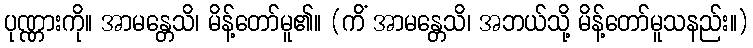
ပုဏ္ဏားကို။ အာမန္တေသိ၊ မိန့်တော်မူ၏။ (ကိံ အာမန္တေသိ၊ အဘယ်သို့ မိန့်တော်မူသနည်း။)